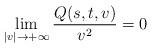
LaTeX: \begin{align*}\lim_{|v|\to+\infty}\frac{Q(s,t,v)}{v^2}=0\end{align*}